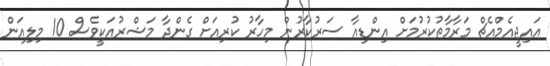
އައިޖީއެމްއެޗް މަރާމާތުކުރުމަށް އިންޑިއާ ސަރުކާރުން މިހާރު ކުރިއަށް ގެންދާ މަޝްރުއަކީވެސް 10 މިލިއަން